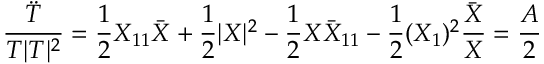
\frac { \ddot { T } } { T | T | ^ { 2 } } = \frac { 1 } { 2 } X _ { 1 1 } \bar { X } + \frac { 1 } { 2 } | X | ^ { 2 } - \frac { 1 } { 2 } X { \bar { X } } _ { 1 1 } - \frac { 1 } { 2 } ( X _ { 1 } ) ^ { 2 } \frac { \bar { X } } { X } = \frac { A } { 2 }